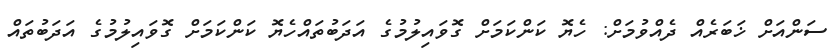
ސަންއަށް ޚަބަރެއް ދެއްވުމަށް: ހެޔޮ ކަންކަމަށް ގޮވައިލުމުގެ އަދަބުތައްހެޔޮ ކަންކަމަށް ގޮވައިލުމުގެ އަދަބުތައް